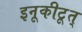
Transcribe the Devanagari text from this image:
इनूकीटूत्